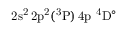
\mathrm { 2 s ^ { 2 } \, 2 p ^ { 2 } ( ^ { 3 } P ) \, 4 p ~ ^ { 4 } D ^ { \circ } }